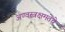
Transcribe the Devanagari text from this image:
अण्वस्त्रक्षमतेचे